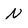
Character: n